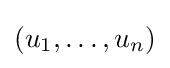
(u_{1},\dotsc ,u_{n})